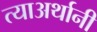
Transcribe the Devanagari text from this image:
त्याअर्थानी